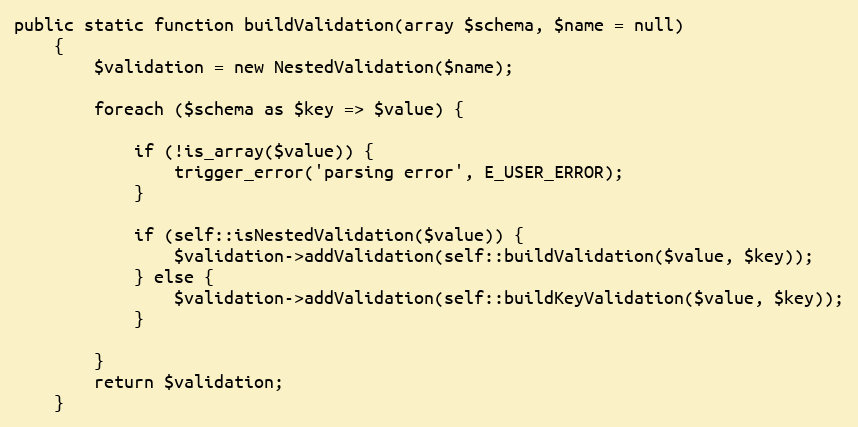
Language: PHP
public static function buildValidation(array $schema, $name = null)
    {
        $validation = new NestedValidation($name);

        foreach ($schema as $key => $value) {

            if (!is_array($value)) {
                trigger_error('parsing error', E_USER_ERROR);
            }

            if (self::isNestedValidation($value)) {
                $validation->addValidation(self::buildValidation($value, $key));
            } else {
                $validation->addValidation(self::buildKeyValidation($value, $key));
            }

        }
        return $validation;
    }